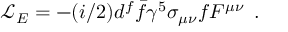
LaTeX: { \mathcal L } _ { E } = - ( i / 2 ) d ^ { f } \bar { f } \gamma ^ { 5 } \sigma _ { \mu \nu } f F ^ { \mu \nu } \enspace .